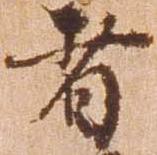
者